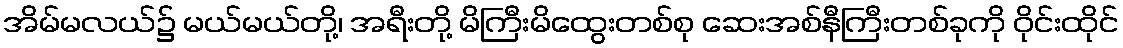
အိမ်မလယ်၌ မယ်မယ်တို့၊ အရီးတို့ မိကြီးမိထွေးတစ်စု ဆေးအစ်နီကြီးတစ်ခုကို ဝိုင်းထိုင်